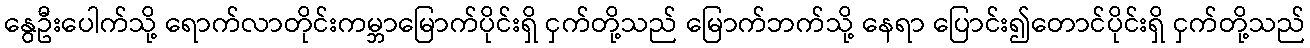
နွေဦးပေါက်သို့ ရောက်လာတိုင်းကမ္ဘာမြောက်ပိုင်းရှိ ငှက်တို့သည် မြောက်ဘက်သို့ နေရာ ပြောင်း၍တောင်ပိုင်းရှိ ငှက်တို့သည်